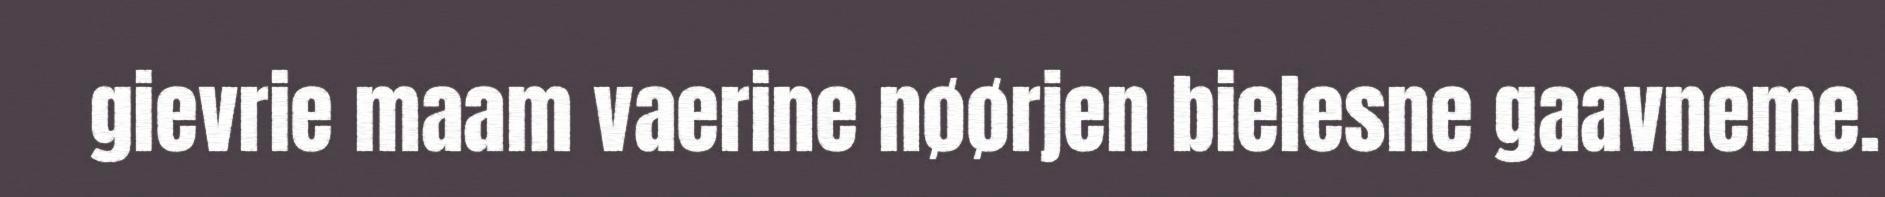
gievrie maam vaerine nøørjen bielesne gaavneme.